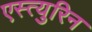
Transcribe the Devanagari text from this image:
एस्त्युरिन